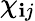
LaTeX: \chi_{\mathbf{i}j}